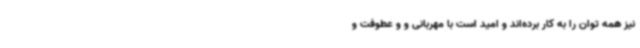
نیز همه توان را به کار برده‌اند و امید است با مهربانی و و عطوفت و